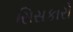
સિસકારો